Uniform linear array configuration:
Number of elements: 8
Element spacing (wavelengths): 0.25
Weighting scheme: hann
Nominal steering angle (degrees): -30
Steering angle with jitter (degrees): -29.763
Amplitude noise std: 0.05
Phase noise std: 0.05

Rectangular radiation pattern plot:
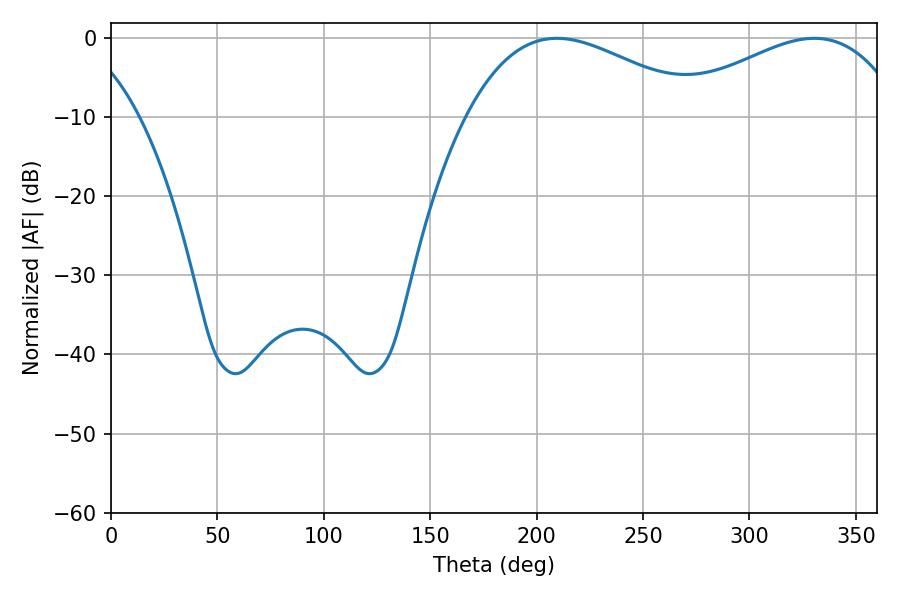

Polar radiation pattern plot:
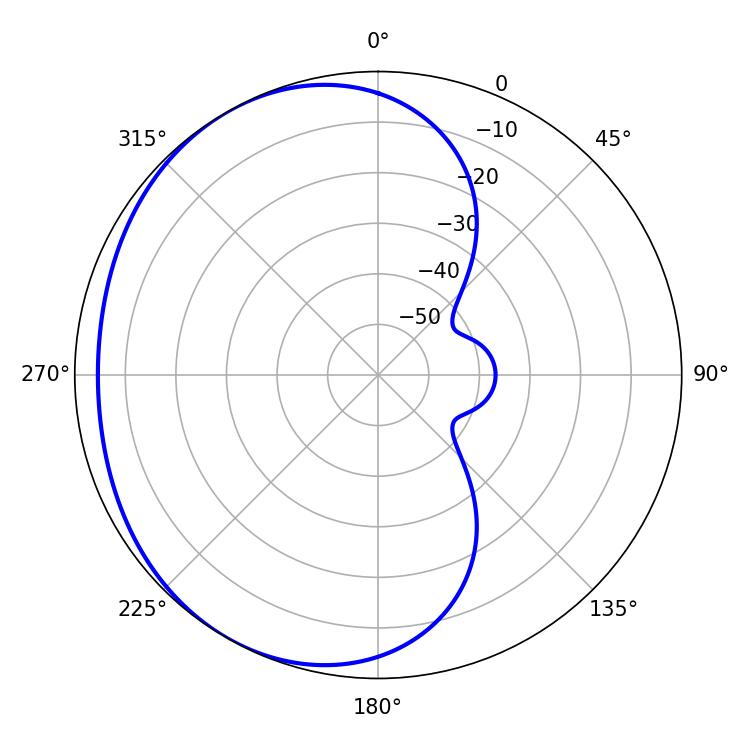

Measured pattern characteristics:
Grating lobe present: FALSE
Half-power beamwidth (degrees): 60.66
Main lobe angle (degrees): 209.52